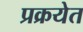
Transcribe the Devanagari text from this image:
प्रक्रयेत